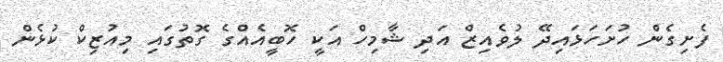
ފެށިގެން ހުށަހަޅައިދޭ ލުވެއިޒް އަދި ޝާމިހް އަކީ ހޮބީއެއްގެ ގޮތުގައި މިއުޒިކް ކުޅެން